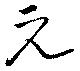
元